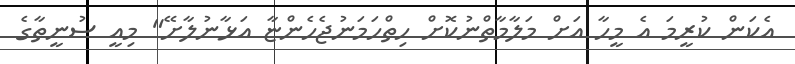
އެކަން ކުރީމަ އެ މީހާ އަށް މަލާމާތްނުކޮށް ހިތްހަމަނުޖެހެންޏާ އަޅާނުލާށޭ" މިއީ ސުނީތާގެ